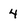
Character: 4